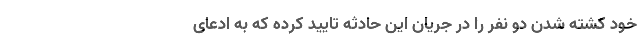
خود کشته شدن دو نفر را در جریان این حادثه تایید کرده که به ادعای